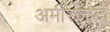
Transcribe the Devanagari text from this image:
अमीरजादों